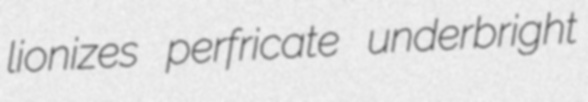
lionizes perfricate underbright